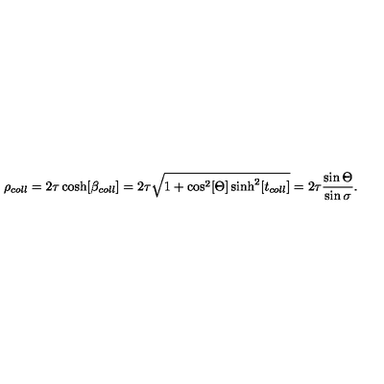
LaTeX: \rho _ { c o l l } = 2 \tau \cosh [ \beta _ { c o l l } ] = 2 \tau \sqrt { 1 + \cos ^ { 2 } [ \Theta ] \sinh ^ { 2 } [ t _ { c o l l } ] } = 2 \tau \frac { \sin \Theta } { \sin \sigma } .